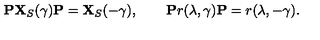
{ \bf P } { \bf X } _ { S } ( \gamma ) { \bf P } = { \bf X } _ { S } ( - \gamma ) , \qquad { \bf P } r ( \lambda , \gamma ) { \bf P } = r ( \lambda , - \gamma ) .